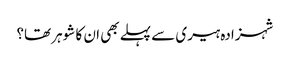
شہزادہ ہیری سے پہلے بھی ان کا شوہر تھا؟